Vaccination report Assam 1896-1927 - 1896-1927
Year: 1896
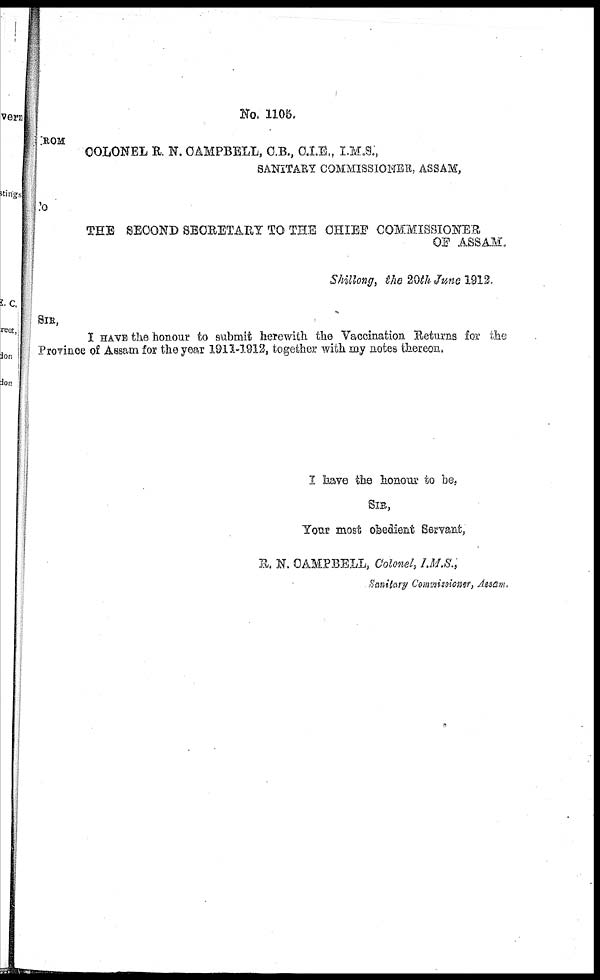
No. 1105.
FROM
COLONEL R. N. CAMPBELL, C.B., C.I.E., I.M.S.,
SANITARY COMMISSIONER, ASSAM,
To
THE SECOND SECRETARY TO THE CHIEF COMMISSIONER
OF ASSAM.
Shillong, the 20th June 1912.
SIR,
I HAVE the honour to submit herewith the Vaccination Returns for the
Province of Assam for the year 1911-1912, together with my notes thereon.
I have the honour to be,
SIR,
Your most obedient Servant,
R. N. CAMPBELL, Colonel, I.M.S.,
Sanitary Commissioner, Assam.